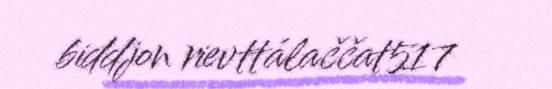
biddjon rievttálaččat517